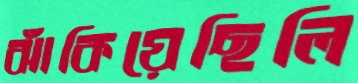
ঝাঁকিয়েছিলি